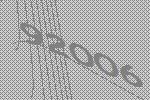
92006